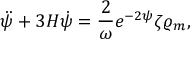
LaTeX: \ddot { \psi } + 3 H \dot { \psi } = { \frac { 2 } { \omega } } e ^ { - 2 \psi } \zeta \varrho _ { m } ,